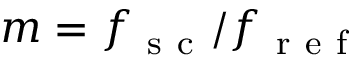
m = f _ { \mathrm { ~ s ~ c ~ } } / f _ { \mathrm { ~ r ~ e ~ f ~ } }